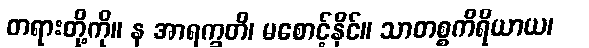
တရားတို့ကို။ န အာရက္ခတိ၊ မစောင့်နိုင်။ သာတစ္စကိရိယာယ၊